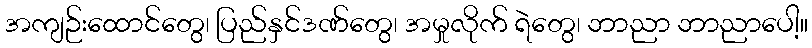
အကျဉ်းထောင်တွေ၊ ပြည်နှင်ဒဏ်တွေ၊ အမှုလိုက် ရဲတွေ၊ ဘာညာ ဘာညာပေါ့။